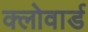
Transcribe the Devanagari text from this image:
क्लोवार्ड